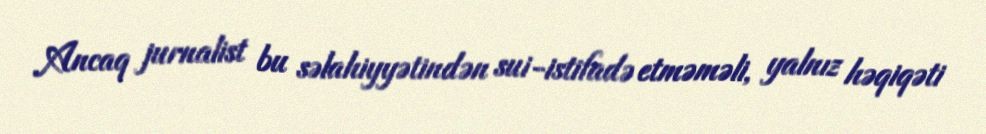
Ancaq jurnalist bu səlahiyyətindən sui-istifadə etməməli, yalnız həqiqəti